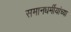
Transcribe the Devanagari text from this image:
समानधर्मीयांच्या